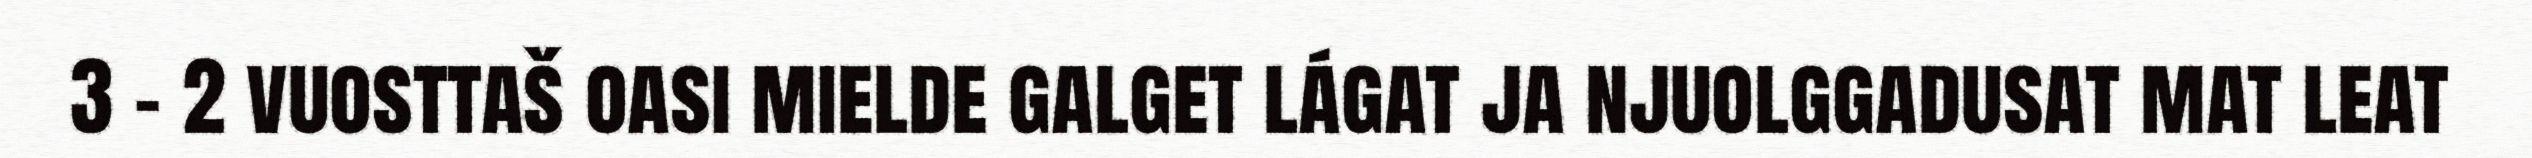
3 – 2 vuosttaš oasi mielde galget lágat ja njuolggadusat mat leat